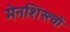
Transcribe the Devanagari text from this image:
मेनशिंस्त्वों